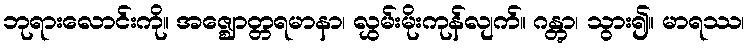
ဘုရားလောင်းကို။ အဇ္ဈောတ္တရမာနာ၊ လွှမ်းမိုးကုန်လျက်။ ဂန္တွာ၊ သွား၍။ မာရဿ၊